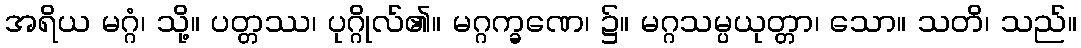
အရိယ မဂ္ဂံ၊ သို့။ ပတ္တဿ၊ ပုဂ္ဂိုလ်၏။ မဂ္ဂက္ခဏေ၊ ၌။ မဂ္ဂသမ္ပယုတ္တာ၊ သော။ သတိ၊ သည်။